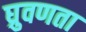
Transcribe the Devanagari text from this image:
घ्रुवणता